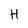
Character: H